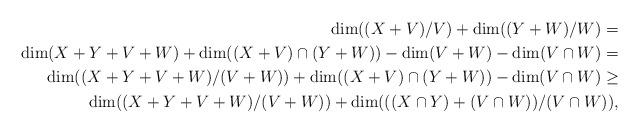
LaTeX: \begin{align*} \dim((X+V)/V) + \dim((Y+W)/W) = \\ \dim(X+Y + V+ W) + \dim((X+V) \cap(Y+W)) - \dim(V+W) -\dim(V \cap W)=\\ \dim((X+Y + V+ W)/(V+W))+ \dim((X+V) \cap(Y+W)) -\dim(V \cap W)\geq \\ \dim((X+Y + V+ W)/(V+W))+\dim(((X\cap Y)+(V\cap W))/(V\cap W)), \end{align*}